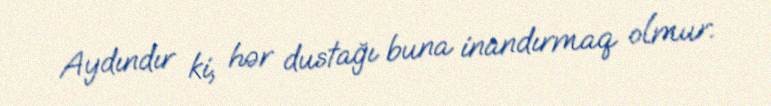
Aydındır ki, hər dustağı buna inandırmaq olmur.